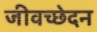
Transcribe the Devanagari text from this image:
जीवच्छेदन